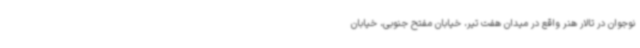
نوجوان در تالار هنر واقع در میدان هفت تیر، خیابان مفتح جنوبی، خیابان